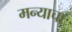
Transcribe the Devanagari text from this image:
मन्याचा